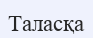
Таласқа